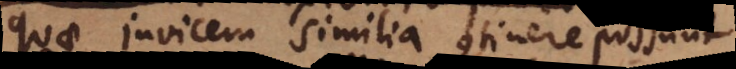
quae invicem similia continere possunt,